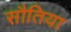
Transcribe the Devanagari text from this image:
सौतिया